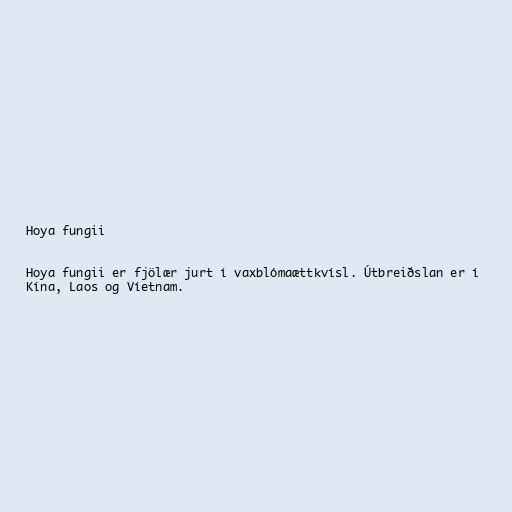
Hoya fungii

Hoya fungii er fjölær jurt í vaxblómaættkvísl. Útbreiðslan er í
Kína, Laos og Víetnam.